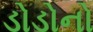
ડોડોનો